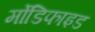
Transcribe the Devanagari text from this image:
र्मोडिफाइड